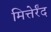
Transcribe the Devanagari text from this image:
मित्तेर्रंद